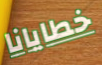
خطايانا